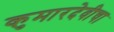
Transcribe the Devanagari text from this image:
कुमारदेवीचा